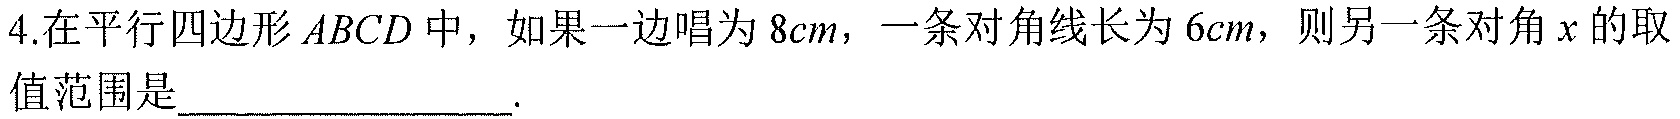
4.在平行四边形 \(ABCD\) 中，如果一边唱为 \(8cm\)，一条对角线长为 \(6cm\)，则另一条对角 \(x\) 的取值范围是________________.